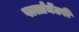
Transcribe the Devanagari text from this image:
पार्लामेंटरी